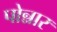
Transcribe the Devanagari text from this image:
पोन्नार